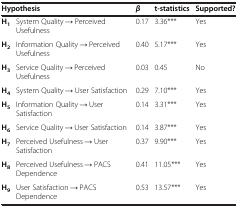
| <COLSPAN=2> Hypothesis | β | t-statistics | Supported? |
 | --- | --- | --- | --- | --- |
 | H1 | System Quality → Perceived Usefulness | 0.17 | 3.36*** | Yes |
 | H2 | Information Quality → Perceived Usefulness | 0.40 | 5.17*** | Yes |
 | H3 | Service Quality → Perceived Usefulness | 0.03 | 0.45 | No |
 | H4 | System Quality → User Satisfaction | 0.29 | 7.10*** | Yes |
 | H5 | Information Quality → User Satisfaction | 0.14 | 3.31*** | Yes |
 | H6 | Service Quality → User Satisfaction | 0.14 | 3.87*** | Yes |
 | H7 | Perceived Usefulness → User Satisfaction | 0.37 | 9.90*** | Yes |
 | H8 | Perceived Usefulness → PACS Dependence | 0.41 | 11.05*** | Yes |
 | H9 | User Satisfaction → PACS Dependence | 0.53 | 13.57*** | Yes |